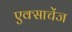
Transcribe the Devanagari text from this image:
एक्साचेंज